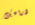
ذراعك